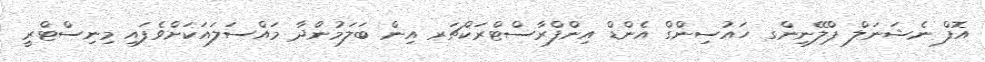
އޮފް ނެޝަނަލް ޕްލޭނިންގ ހައުސިންގް އެންޑް އިންފްރާސްޓްރަކްޗަރ އިން ބަލަމުންދާ މައްސަލައަކަށްވެފައި މިނިސްޓްރީ